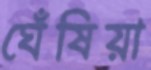
ঘেঁষিয়া